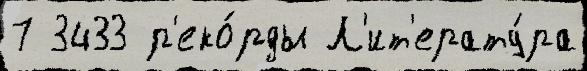
7 3433 р'еко́рды Л'ит'ерату́ра